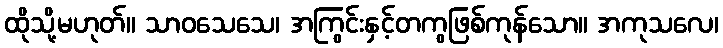
ထိုသို့မဟုတ်။ သာဝသေသေ၊ အကြွင်းနှင့်တကွဖြစ်ကုန်သော။ အကုသလေ၊